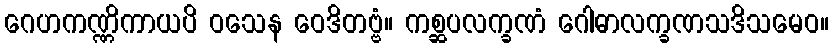
ဂေဟကဏ္ဏိကာယပိ ဝသေန ဝေဒိတဗ္ဗံ။ ကစ္ဆပလက္ခဏံ ဂေါဓာလက္ခဏသဒိသမေဝ။